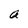
Character: a